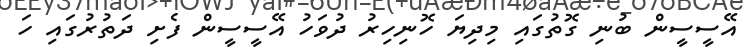
އޭސީސީން ބުނި ގޮތުގައި މިދިޔަ ހޮނިހިރު ދުވަހު އޭސީސީން ފެށި ދަތުރުގައި ހަ